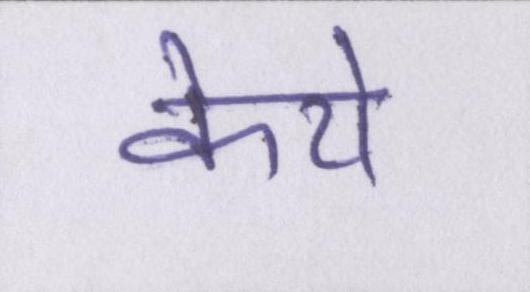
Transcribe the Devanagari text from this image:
केये